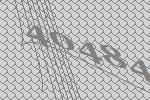
40484